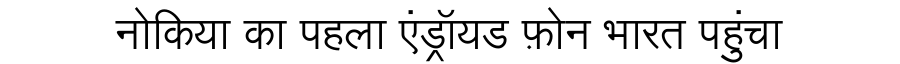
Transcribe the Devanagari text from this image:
नोकिया का पहला एंड्रॉयड फ़ोन भारत पहुंचा